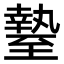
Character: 𦥎